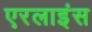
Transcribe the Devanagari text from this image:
एरलाइंस